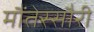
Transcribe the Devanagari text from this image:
मौंतेस्सौरी